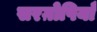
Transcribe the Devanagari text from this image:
सरग़ोषियाँ